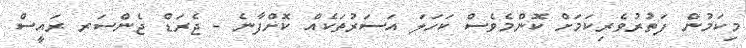
މިކަމުން ފަތުރުވެރިކަމަށް ކޮންމެވެސް ކަހަލަ އަސަރުތަކެއް ކޮށްފާނެ - ޖެރަޑް ޖެންސަރ ރައީސް